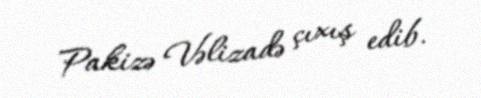
Pakizə Vəlizadə çıxış edib.